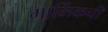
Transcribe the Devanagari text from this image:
मार्मिकची